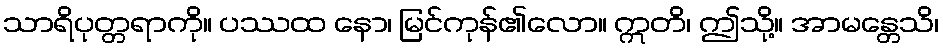
သာရိပုတ္တရာကို။ ပဿထ နော၊ မြင်ကုန်၏လော။ ဣတိ၊ ဤသို့။ အာမန္တေသိ၊